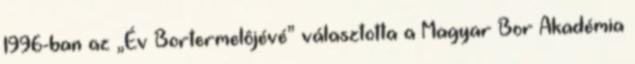
1996-ban az „Év Bortermelôjévé” választotta a Magyar Bor Akadémia